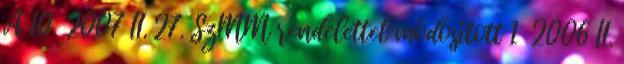
A 10 2007 II. 27. SzMM rendelettel módosított 1 2006 II.